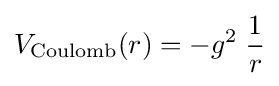
V_{\text{Coulomb}}(r)=-g^{2}\;{\frac {1}{r}}